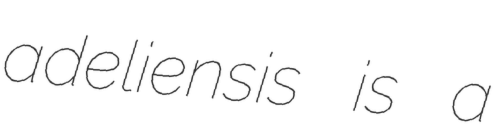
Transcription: adeliensis is a